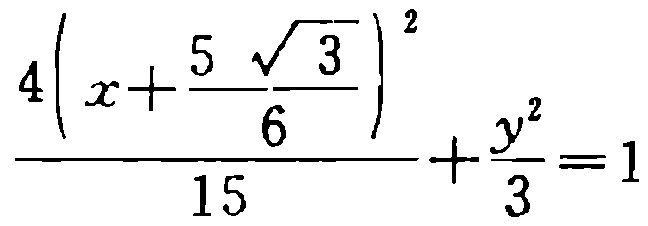
\(\frac{4\left(x + \frac{5\sqrt{3}}{6}\right)^2}{15}+\frac{y^2}{3}=1\)